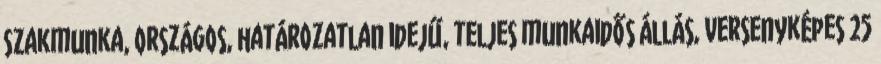
Szakmunka, Országos, határozatlan idejű, teljes munkaidős állás, versenyképes 25